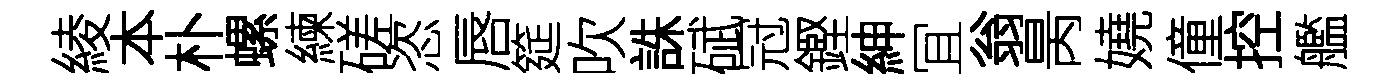
綾本朴螺練磋恣唇筵吹誅碔冠鏗紳冝翁昺嬈僮控艦